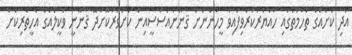
އަދި ކުށެއްގެ ތުހުމަތުގައި ހައްޔަރުކުރެވިފައިވާ މީހުންނަށް ޤާނޫނުއަސާސީއިން ކަށަވަރުކޮށްދޭ ޤާނޫނީ ވަކީލެއްގެ އެހީތެރިކަށް